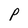
Character: p